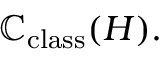
\mathbb { C } _ { \mathrm { c l a s s } } ( H ) .